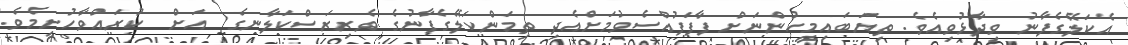
އެކަލޭގެފާނު ވިދާޅުވިއެވެ. ތިޔަބައިމީހުންނަށް ފާފަފުއްސެވުމަށްއެދި ތިމަންކަލޭގެފާނުގެ ވެރިރަސްކަލާނގެ  އަށް  ކުރައްވާހުށީމެވެ.